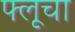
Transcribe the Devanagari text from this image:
फ्लूचा